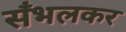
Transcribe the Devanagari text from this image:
सँभलकर